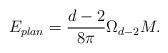
LaTeX: \begin{align*}E_{plan}=\frac{d-2}{8\pi }\Omega _{d-2}M.\end{align*}